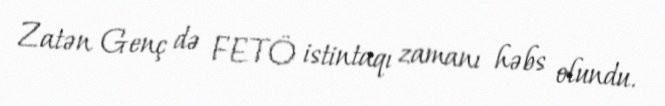
Zatən Genç də FETÖ istintaqı zamanı həbs olundu.